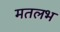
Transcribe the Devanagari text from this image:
मतलभ